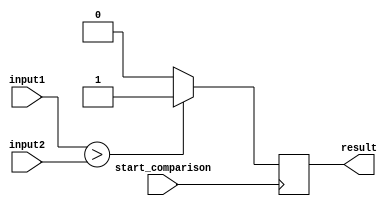
module GreaterThanComparator (
    input wire [7:0] input1, // first input value
    input wire [7:0] input2, // second input value
    input wire start_comparison, // control signal to initiate comparison
    output reg result // output signal indicating if input1 > input2
);

always @(posedge start_comparison) begin
    if(input1 > input2) begin
        result <= 1'b1;
    end else begin
        result <= 1'b0;
    end
end

endmodule